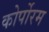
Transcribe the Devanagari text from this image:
कोर्पोरम